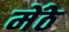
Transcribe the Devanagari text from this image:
मेंठे